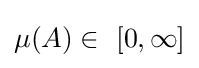
\mu (A)\in \ [0,\infty ]